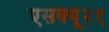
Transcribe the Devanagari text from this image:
एसक्यू२१